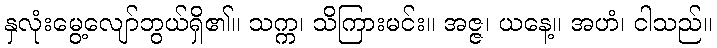
နှလုံးမွေ့လျော်ဘွယ်ရှိ၏။ သက္က၊ သိကြားမင်း။ အဇ္ဇ၊ ယနေ့။ အဟံ၊ ငါသည်။